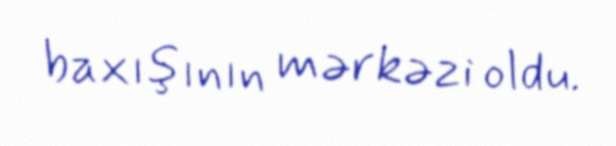
baxışının mərkəzi oldu.